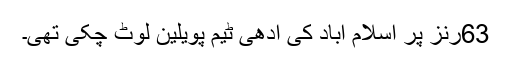
63رنز پر اسلام آباد کی آدھی ٹیم پویلین لوٹ چکی تھی۔